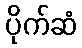
ပိုက်ဆံ